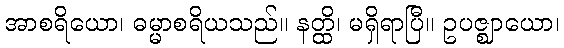
အာစရိယော၊ ဓမ္မာစရိယသည်။ နတ္ထိ၊ မရှိရာပြီ။ ဥပဇ္ဈာယော၊